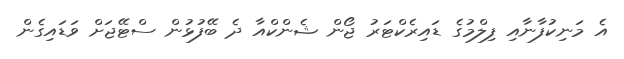
އެ މަނިކުފާނާއި ފިލްމުގެ ޑައިރެކްޓަރު ޖޯން ޝެންކްއާ ދެ ބޭފުޅުން ސްޓޭޖަށް ވަޑައިގެން